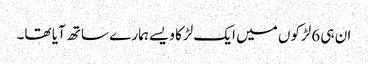
ان ہی 6لڑکوں میں ایک لڑکا ویسے ہمارے ساتھ آیا تھا۔